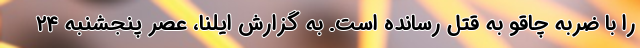
را با ضربه چاقو به قتل رسانده است. به گزارش ایلنا، عصر پنجشنبه ٢٤